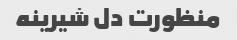
منظورت دل شیرینه